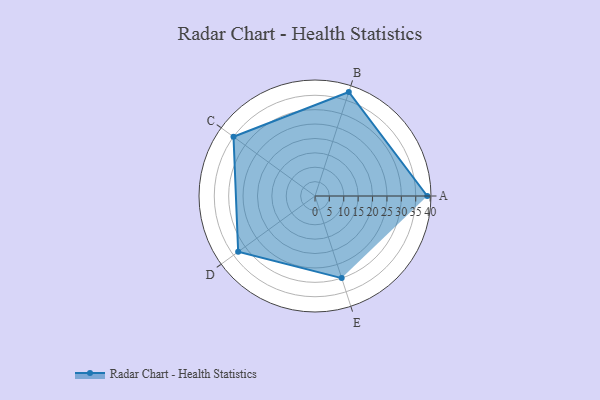
{"axis": {"x": "Skill", "y": "Score"}, "legend": ["Profile"], "data": [{"x": "A", "y": 39.0, "type": "Profile"}, {"x": "B", "y": 38.0, "type": "Profile"}, {"x": "C", "y": 35.0, "type": "Profile"}, {"x": "D", "y": 33.0, "type": "Profile"}, {"x": "E", "y": 30.0, "type": "Profile"}]}